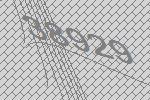
38929